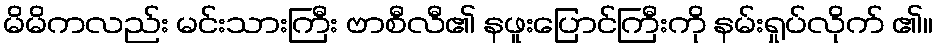
မိမိကလည်း မင်းသားကြီး ဗာစီလီ၏ နဖူးပြောင်ကြီးကို နမ်းရှုပ်လိုက် ၏။